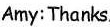
Amy:Thanks.